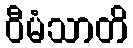
ဝီမံသာတိ